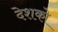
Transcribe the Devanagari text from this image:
देशको